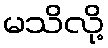
မသိလို့